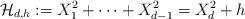
LaTeX: \begin{align*} \mathcal{H}_{d,h} := X_1^2 + \cdots + X_{d-1}^2 = X_d^2 + h\end{align*}